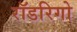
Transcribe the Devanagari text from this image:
रॉडरिगो